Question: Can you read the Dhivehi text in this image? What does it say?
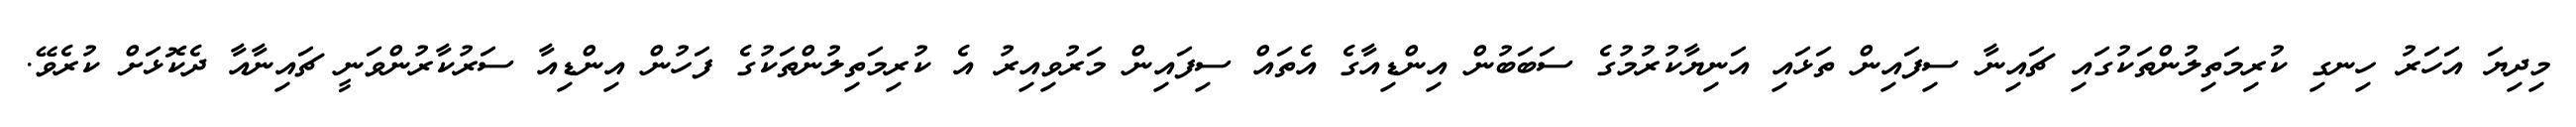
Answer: މިދިޔަ އަހަރު ހިނގި ކުރިމަތިލުންތަކުގައި ޗައިނާ ސިފައިން ތަޅައި އަނިޔާކުރުމުގެ ސަބަބުން އިންޑިއާގެ އެތައް ސިފައިން މަރުވިއިރު އެ ކުރިމަތިލުންތަކުގެ ފަހުން އިންޑިއާ ސަރުކާރުންވަނީ ޗައިނާއާ ދެކޮޅަށް ކުރެވޭ.